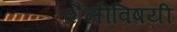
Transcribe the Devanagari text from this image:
शैलीविषयी